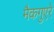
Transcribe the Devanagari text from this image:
मैकगुएरे